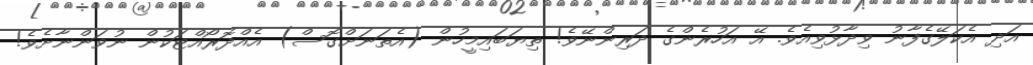
އަދި އެކަލޭގެފާނު ވިދާޅުވިއެވެ. އޭ އަހުރެންގެ ދަރިންނޭވެ! ތިޔަބައިމީހުން (އެތަނަށްގޮސް) އެއްދޮރޯއްޓަކުން ނުވަންނާށެވެ!